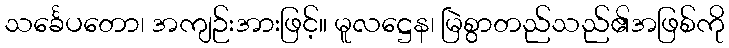
သင်္ခေပတော၊ အကျဉ်းအားဖြင့်။ မူလဋ္ဌေန၊ မြဲစွာတည်သည်၏အဖြစ်ကို